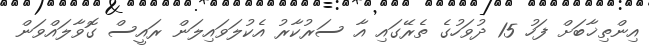
އިންތިޚާބަށް ފަހު 15 ދުވަހުގެ ތެރޭގައި އާ ސަރުކާރު އެކުލަވައިލަން ރައީސް ގޮވާލައްވަން